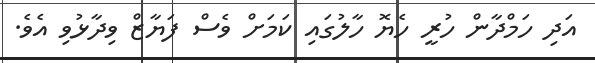
އަދި ހަމްދާން ހުރީ ހެޔޮ ހާލުގައި ކަމަށް ވެސް ފަޔާޒް ވިދާޅުވި އެވެ.